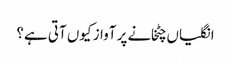
انگلیاں چٹخانے پر آواز کیوں آتی ہے؟